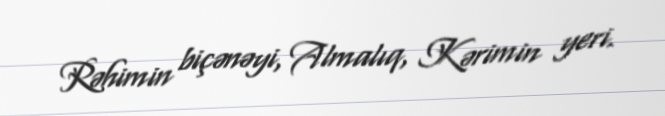
Rəhimin biçənəyi, Almalıq, Kərimin yeri.